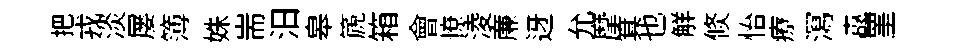
把戎淡屡簿姝耑汨皋篪箱會憭淩亷迓允摩箕也觧倐怡療㵼纛罣